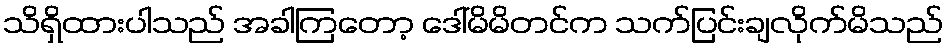
သိရှိထားပါသည် အခါကြတော့ ဒေါ်မိမိတင်က သက်ပြင်းချလိုက်မိသည်